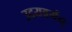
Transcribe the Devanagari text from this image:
उदयवर्मन्